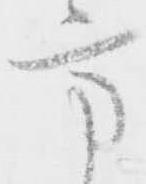
方